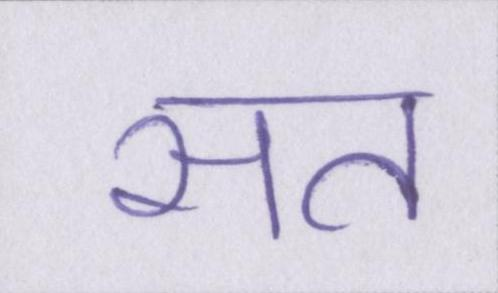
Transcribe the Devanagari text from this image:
सत